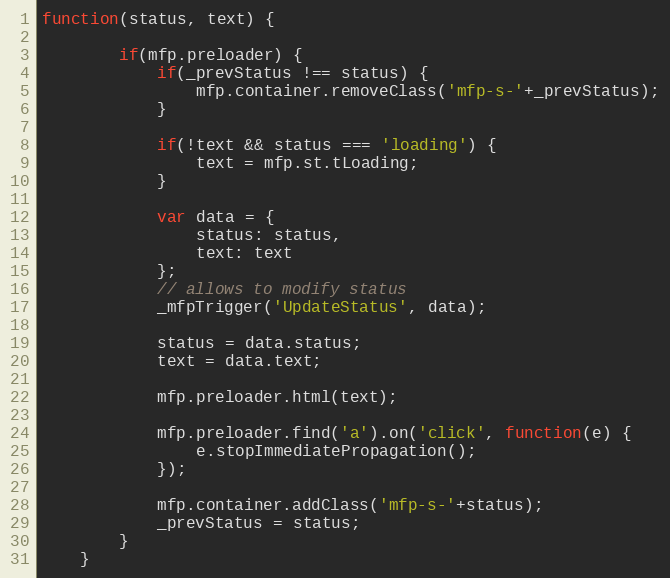
Language: JavaScript
function(status, text) {

		if(mfp.preloader) {
			if(_prevStatus !== status) {
				mfp.container.removeClass('mfp-s-'+_prevStatus);
			}

			if(!text && status === 'loading') {
				text = mfp.st.tLoading;
			}

			var data = {
				status: status,
				text: text
			};
			// allows to modify status
			_mfpTrigger('UpdateStatus', data);

			status = data.status;
			text = data.text;

			mfp.preloader.html(text);

			mfp.preloader.find('a').on('click', function(e) {
				e.stopImmediatePropagation();
			});

			mfp.container.addClass('mfp-s-'+status);
			_prevStatus = status;
		}
	}